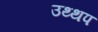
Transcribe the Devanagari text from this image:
उथ्थप